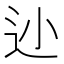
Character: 𲅌